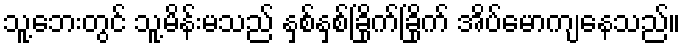
သူ့ဘေးတွင် သူ့မိန်းမသည် နှစ်နှစ်ခြိုက်ခြိုက် အိပ်မောကျနေသည်။